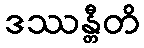
ဒဿန္တီတိ